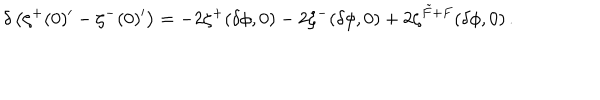
LaTeX: \delta \left( \zeta ^ { + } ( 0 ) ^ { \prime } - \zeta ^ { - } ( 0 ) ^ { \prime } \right) = - 2 \zeta ^ { + } ( \delta \phi , 0 ) - 2 \zeta ^ { - } ( \delta \phi , 0 ) + 2 \zeta ^ { \tilde { F } + F } ( \delta \phi , 0 ) \, .